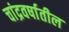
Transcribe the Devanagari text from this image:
चांद्रवर्षातील